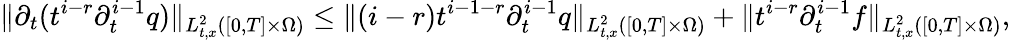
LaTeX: \| \partial_{t}(t^{i-r}\partial_{t}^{i-1}q)\| _{L_{t,x}^{2}([0,T]\times\Omega)}\le\| (i-r)t^{i-1-r}\partial_{t}^{i-1}q\| _{L_{t,x}^{2}([0,T]\times\Omega)}+\| t^{i-r}\partial_{t}^{i-1}f\| _{L_{t,x}^{2}([0,T]\times\Omega)},